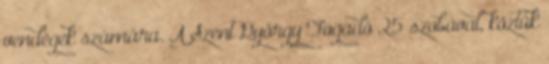
vendégek számára. A Szent György Fogadó 25 szobával, köztük